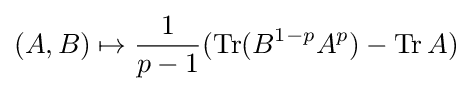
(A,B)\mapsto {\frac {1}{p-1}}(\operatorname {Tr} (B^{1-p}A^{p})-\operatorname {Tr} A)